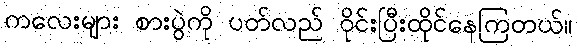
ကလေးများ စားပွဲကို ပတ်လည် ဝိုင်းပြီးထိုင်နေကြတယ်။